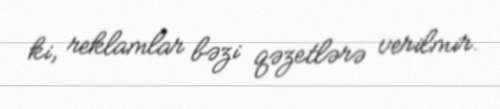
ki, reklamlar bəzi qəzetlərə verilmir.